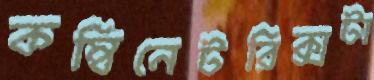
কম্বিনেটরিক্সটা